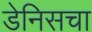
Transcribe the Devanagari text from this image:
डेनिसचा